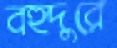
বহুদুরে